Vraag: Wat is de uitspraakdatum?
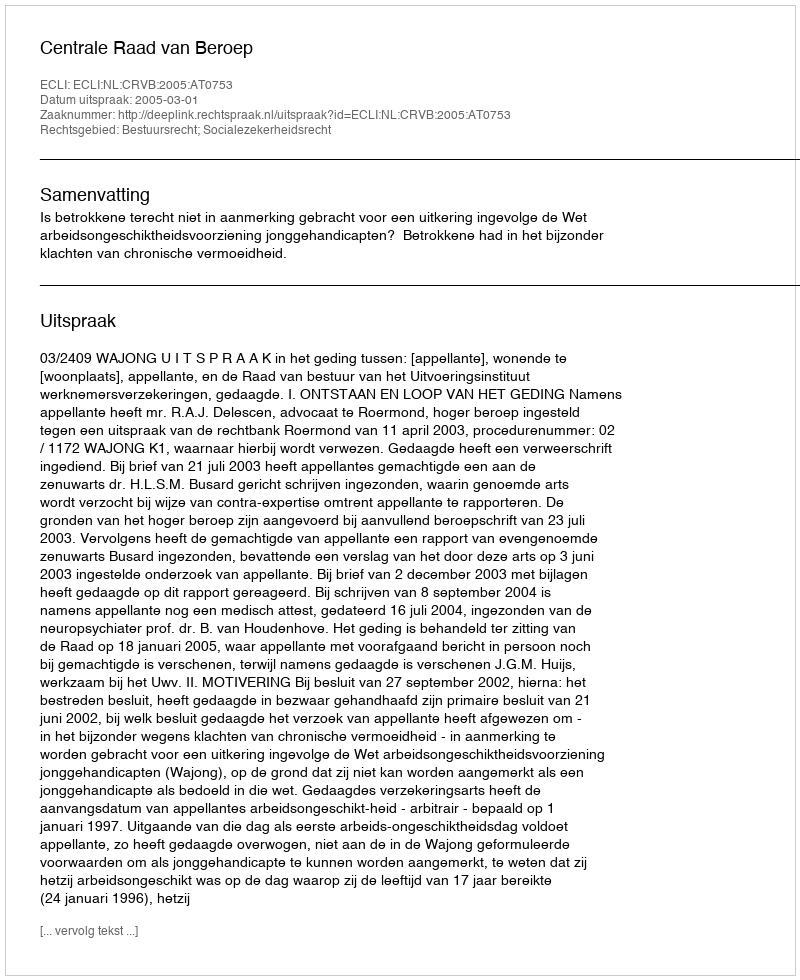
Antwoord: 2005-03-01